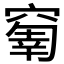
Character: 𥧗